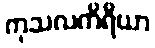
ကုသလကိရိယာ